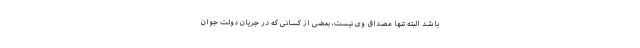
باشد البته تنها مصداق وی نیست، بعضی از کسانی که در جریان دولت جوان